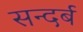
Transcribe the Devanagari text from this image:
सन्दर्ब